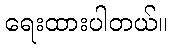
ရေးထားပါတယ်။